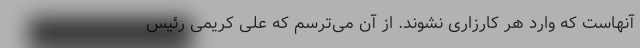
آنهاست که وارد هر کارزاری نشوند. از آن می‌ترسم که علی کریمی رئیس